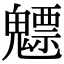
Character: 魒